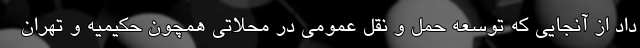
داد از آنجایی که توسعه حمل و نقل عمومی در محلاتی همچون حکیمیه و تهران